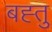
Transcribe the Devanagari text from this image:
बह्तु